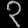
Digit: ၃